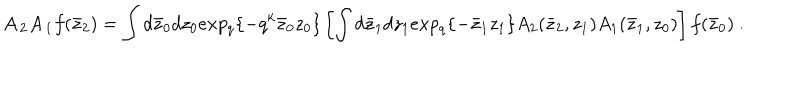
{ \bf A _ { 2 } A _ { 1 } } f ( \bar { z } _ { 2 } ) = \int d \bar { z } _ { 0 } d z _ { 0 } e x p _ { q } \{ - q ^ { k } \bar { z } _ { 0 } z _ { 0 } \} \left[ \int d \bar { z } _ { 1 } d z _ { 1 } e x p _ { q } \{ - \bar { z } _ { 1 } z _ { 1 } \} A _ { 2 } ( \bar { z } _ { 2 } , z _ { 1 } ) A _ { 1 } ( \bar { z } _ { 1 } , z _ { 0 } ) \right] f ( \bar { z } _ { 0 } ) \ .